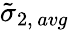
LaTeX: \tilde{\sigma}_{2,\, avg}